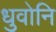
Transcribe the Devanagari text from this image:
धुवोनि